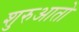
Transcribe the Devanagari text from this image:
शुरुआतो